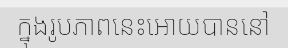
ក្នុងរូបភាពនេះអោយបាននៅ